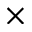
\times